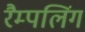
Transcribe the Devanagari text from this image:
रैम्पलिंग